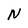
Character: N